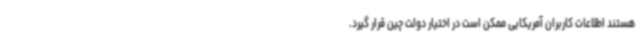
هستند اطلاعات کاربران آمریکایی ممکن است در اختیار دولت چین قرار گیرد.